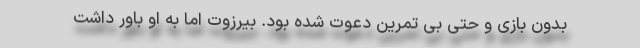
بدون بازی و حتی بی تمرین دعوت شده بود. بیرزوت اما به او باور داشت